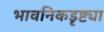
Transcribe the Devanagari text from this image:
भावनिकडृष्ट्या